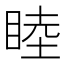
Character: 睦